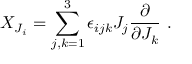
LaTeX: X _ { J _ { i } } = \sum _ { j , k = 1 } ^ { 3 } \epsilon _ { i j k } J _ { j } \frac { \partial } { \partial J _ { k } } ~ .